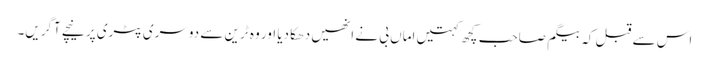
اس سے قبل کہ بیگم صاحب کچھ کہتیں اماں بی نے انھیں دھکا دیا اور وہ ٹرین سے دوسری پٹری پر نیچے آگریں۔